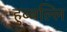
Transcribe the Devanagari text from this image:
हुब्बल्लि